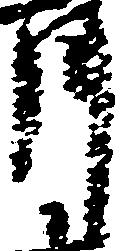
月